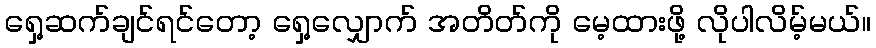
ရှေ့ဆက်ချင်ရင်တော့ ရှေ့လျှောက် အတိတ်ကို မေ့ထားဖို့ လိုပါလိမ့်မယ်။